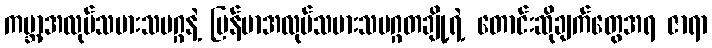
ကမ္ဘာ့အလုပ်သမားသမဂ္ဂနဲ့ မြန်မာအလုပ်သမားသမဂ္ဂတချို့ရဲ့ တောင်းဆိုချက်တွေအရ ဇာရာ